Indian Medical Review
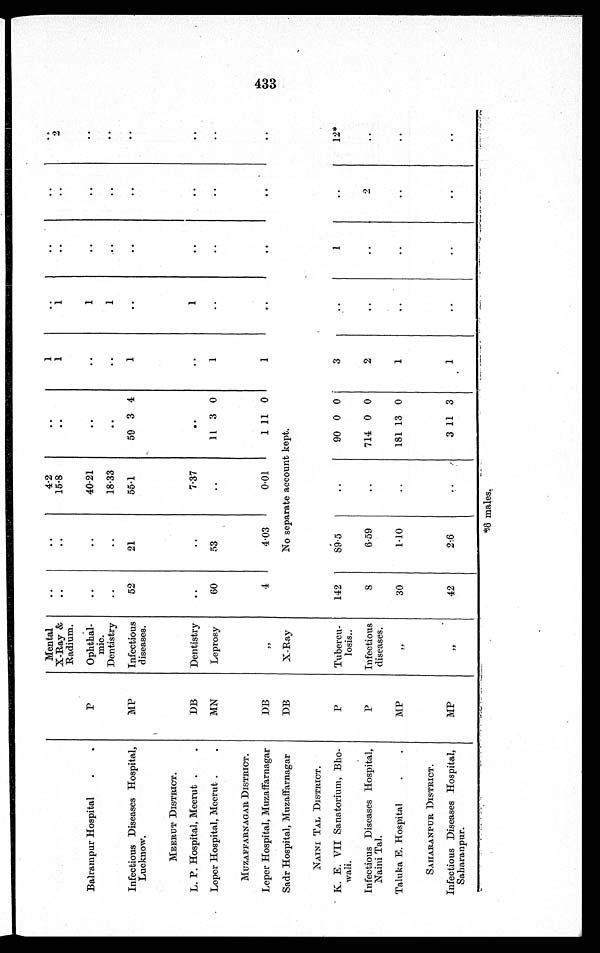
Balrampur Hospital
.
.
Mental
..
..
4.2
..
1
..
..
..
..
X-Ray &
Radium.
..
..
15.8
..
1
1
..
..
2
P
Ophthal-
mic.
..
..
40.21
..
..
1
..
..
..
Dentistry
..
..
18.33
..
..
1
..
..
. .
Infectious Diseases Hospital,
Lucknow.
MP
Infectious
diseases.
52
21
55.1
59 3 4
1
..
..
. .
. .
MEERUT DISTRICT.
L. P. Hospital, Meerut .
.
DB
Dentistry
..
..
7.37
. .
. .
1
. .
. .
..
Leper Hospital, Meerut .
.
MN
Leprosy
60
53
..
11 3 0
1
..
..
..
..
MUZAFFARNAGAR DISTRICT.
Leper Hospital, Muzaffarnagar
DB
"
4
4.03
0.01
1 11 0
1
. .
..
..
. .
Sadr Hospital, Muzaffarnagar
DB
X-Ray
No separate account kept.
NAINI TAL DISTRICT.
K. E. VII Sanatorium, Bho-
wali.
P
Tubercu-
losis..
142
89.5
. . 90 0 0
3
..
1
..
12*
Infectious Diseases Hospital,
Naini Tal.
P
Infectious
diseases.
8
6.59
..
714 0 0
2
..
..
2
. .
Taluka E. Hospital
.
.
MP
,,
30
1 . 1 0
. . 181 13 0
1
..
..
..
. .
SAHARANPUR DISTRICT.
Infectious Diseases Hospital,
Saharanpur.
MP
,,
42
2.6
. . 3 11 3
1
..
..
. .
..